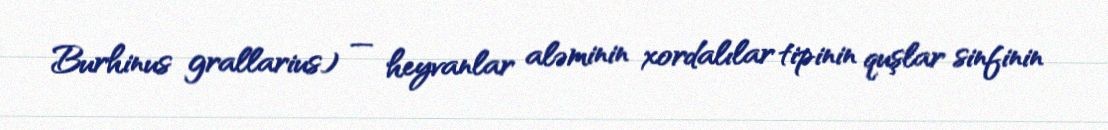
Burhinus grallarius) — heyvanlar aləminin xordalılar tipinin quşlar sinfinin